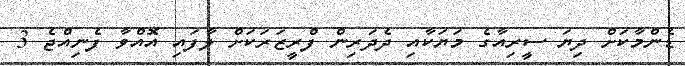
ޑެންމާކަށް ދިޔަ ސީރިއާގެ މަޔަކާއި ދެދަރިން ފްރީޒަރަކަށް ލާފައި އޮއްވާ ފެނިއްޖެ 3